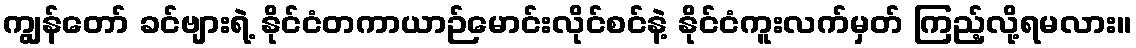
ကျွန်တော် ခင်ဗျားရဲ့ နိုင်ငံတကာယာဉ်မောင်းလိုင်စင်နဲ့ နိုင်ငံကူးလက်မှတ် ကြည့်လို့ရမလား။